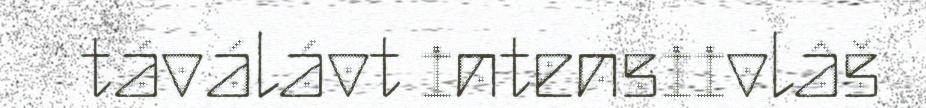
táválávt intensiivlâš